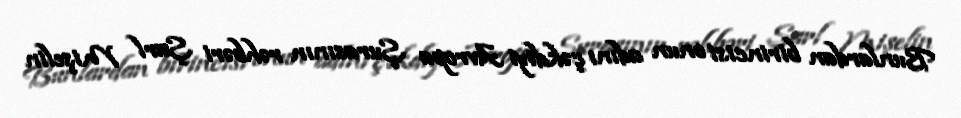
Bunlardan birincisi onun adını çəkdiyi Avropa Şurasının rəhbəri Şarl Mişelin